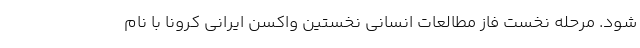
شود. مرحله نخست فاز مطالعات انسانی نخستین واکسن ایرانی کرونا با نام